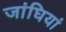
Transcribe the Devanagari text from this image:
जांघियां